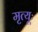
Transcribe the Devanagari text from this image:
मृत्यूः